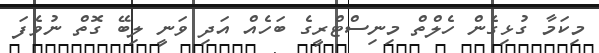
މިކަމާ ގުޅިގެން ހެލްތް މިނިސްޓްރީގެ ބަހެއް އަދި ވަނީ ލިބޭ ގޮތް ނުވެފަ